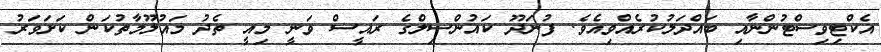
އެކްޓިވިސްޓުންނާއި ބައްދަލުކުރެއްވިއެވެ. ފުނަދޫ ކައުންސިލްގެ ރައީސް ވަނީ މިއީ ތެދު މައުލޫމާތުކަން ކަށަވަރު